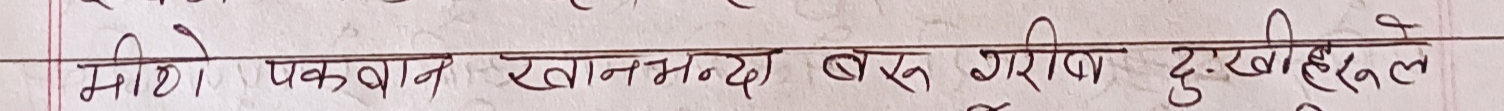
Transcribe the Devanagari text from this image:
मिठो पकवान खानभन्दा बरु गरीब दुःखीहरुले